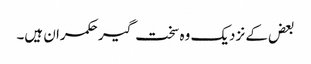
بعض کے نزدیک وہ سخت گیر حکمران ہیں۔